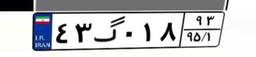
۴۳گ۰۱۸۹۳